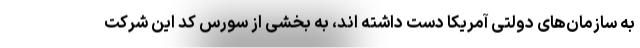
به سازمان‌های دولتی آمریکا دست داشته اند، به بخشی از سورس کد این شرکت